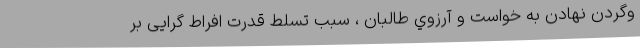
وگردن نهادن به خواست و آرزوي طالبان ، سبب تسلط قدرت افراط گرایی بر